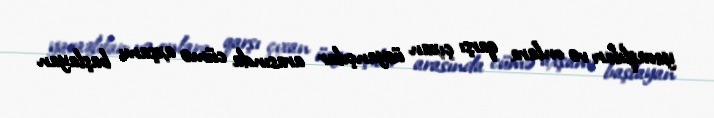
yaraqlıları və onlara qarşı çıxan üsyançılar arasında cümə axşamı başlayan